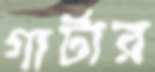
গার্টার